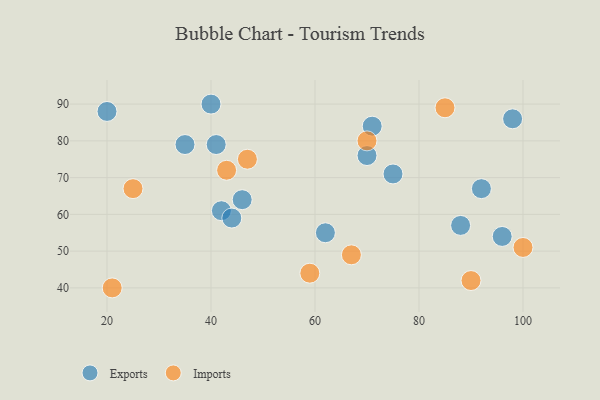
{"axis": {"x": "GDP", "y": "Life Expectancy"}, "legend": ["Exports", "Imports"], "data": [{"x": "92", "y": 67, "type": "Exports"}, {"x": "42", "y": 61, "type": "Exports"}, {"x": "88", "y": 57, "type": "Exports"}, {"x": "62", "y": 55, "type": "Exports"}, {"x": "75", "y": 71, "type": "Exports"}, {"x": "98", "y": 86, "type": "Exports"}, {"x": "96", "y": 54, "type": "Exports"}, {"x": "35", "y": 79, "type": "Exports"}, {"x": "71", "y": 84, "type": "Exports"}, {"x": "44", "y": 59, "type": "Exports"}, {"x": "70", "y": 76, "type": "Exports"}, {"x": "46", "y": 64, "type": "Exports"}, {"x": "41", "y": 79, "type": "Exports"}, {"x": "40", "y": 90, "type": "Exports"}, {"x": "20", "y": 88, "type": "Exports"}, {"x": "100", "y": 51, "type": "Imports"}, {"x": "25", "y": 67, "type": "Imports"}, {"x": "85", "y": 89, "type": "Imports"}, {"x": "59", "y": 44, "type": "Imports"}, {"x": "67", "y": 49, "type": "Imports"}, {"x": "70", "y": 80, "type": "Imports"}, {"x": "90", "y": 42, "type": "Imports"}, {"x": "47", "y": 75, "type": "Imports"}, {"x": "21", "y": 40, "type": "Imports"}, {"x": "43", "y": 72, "type": "Imports"}]}